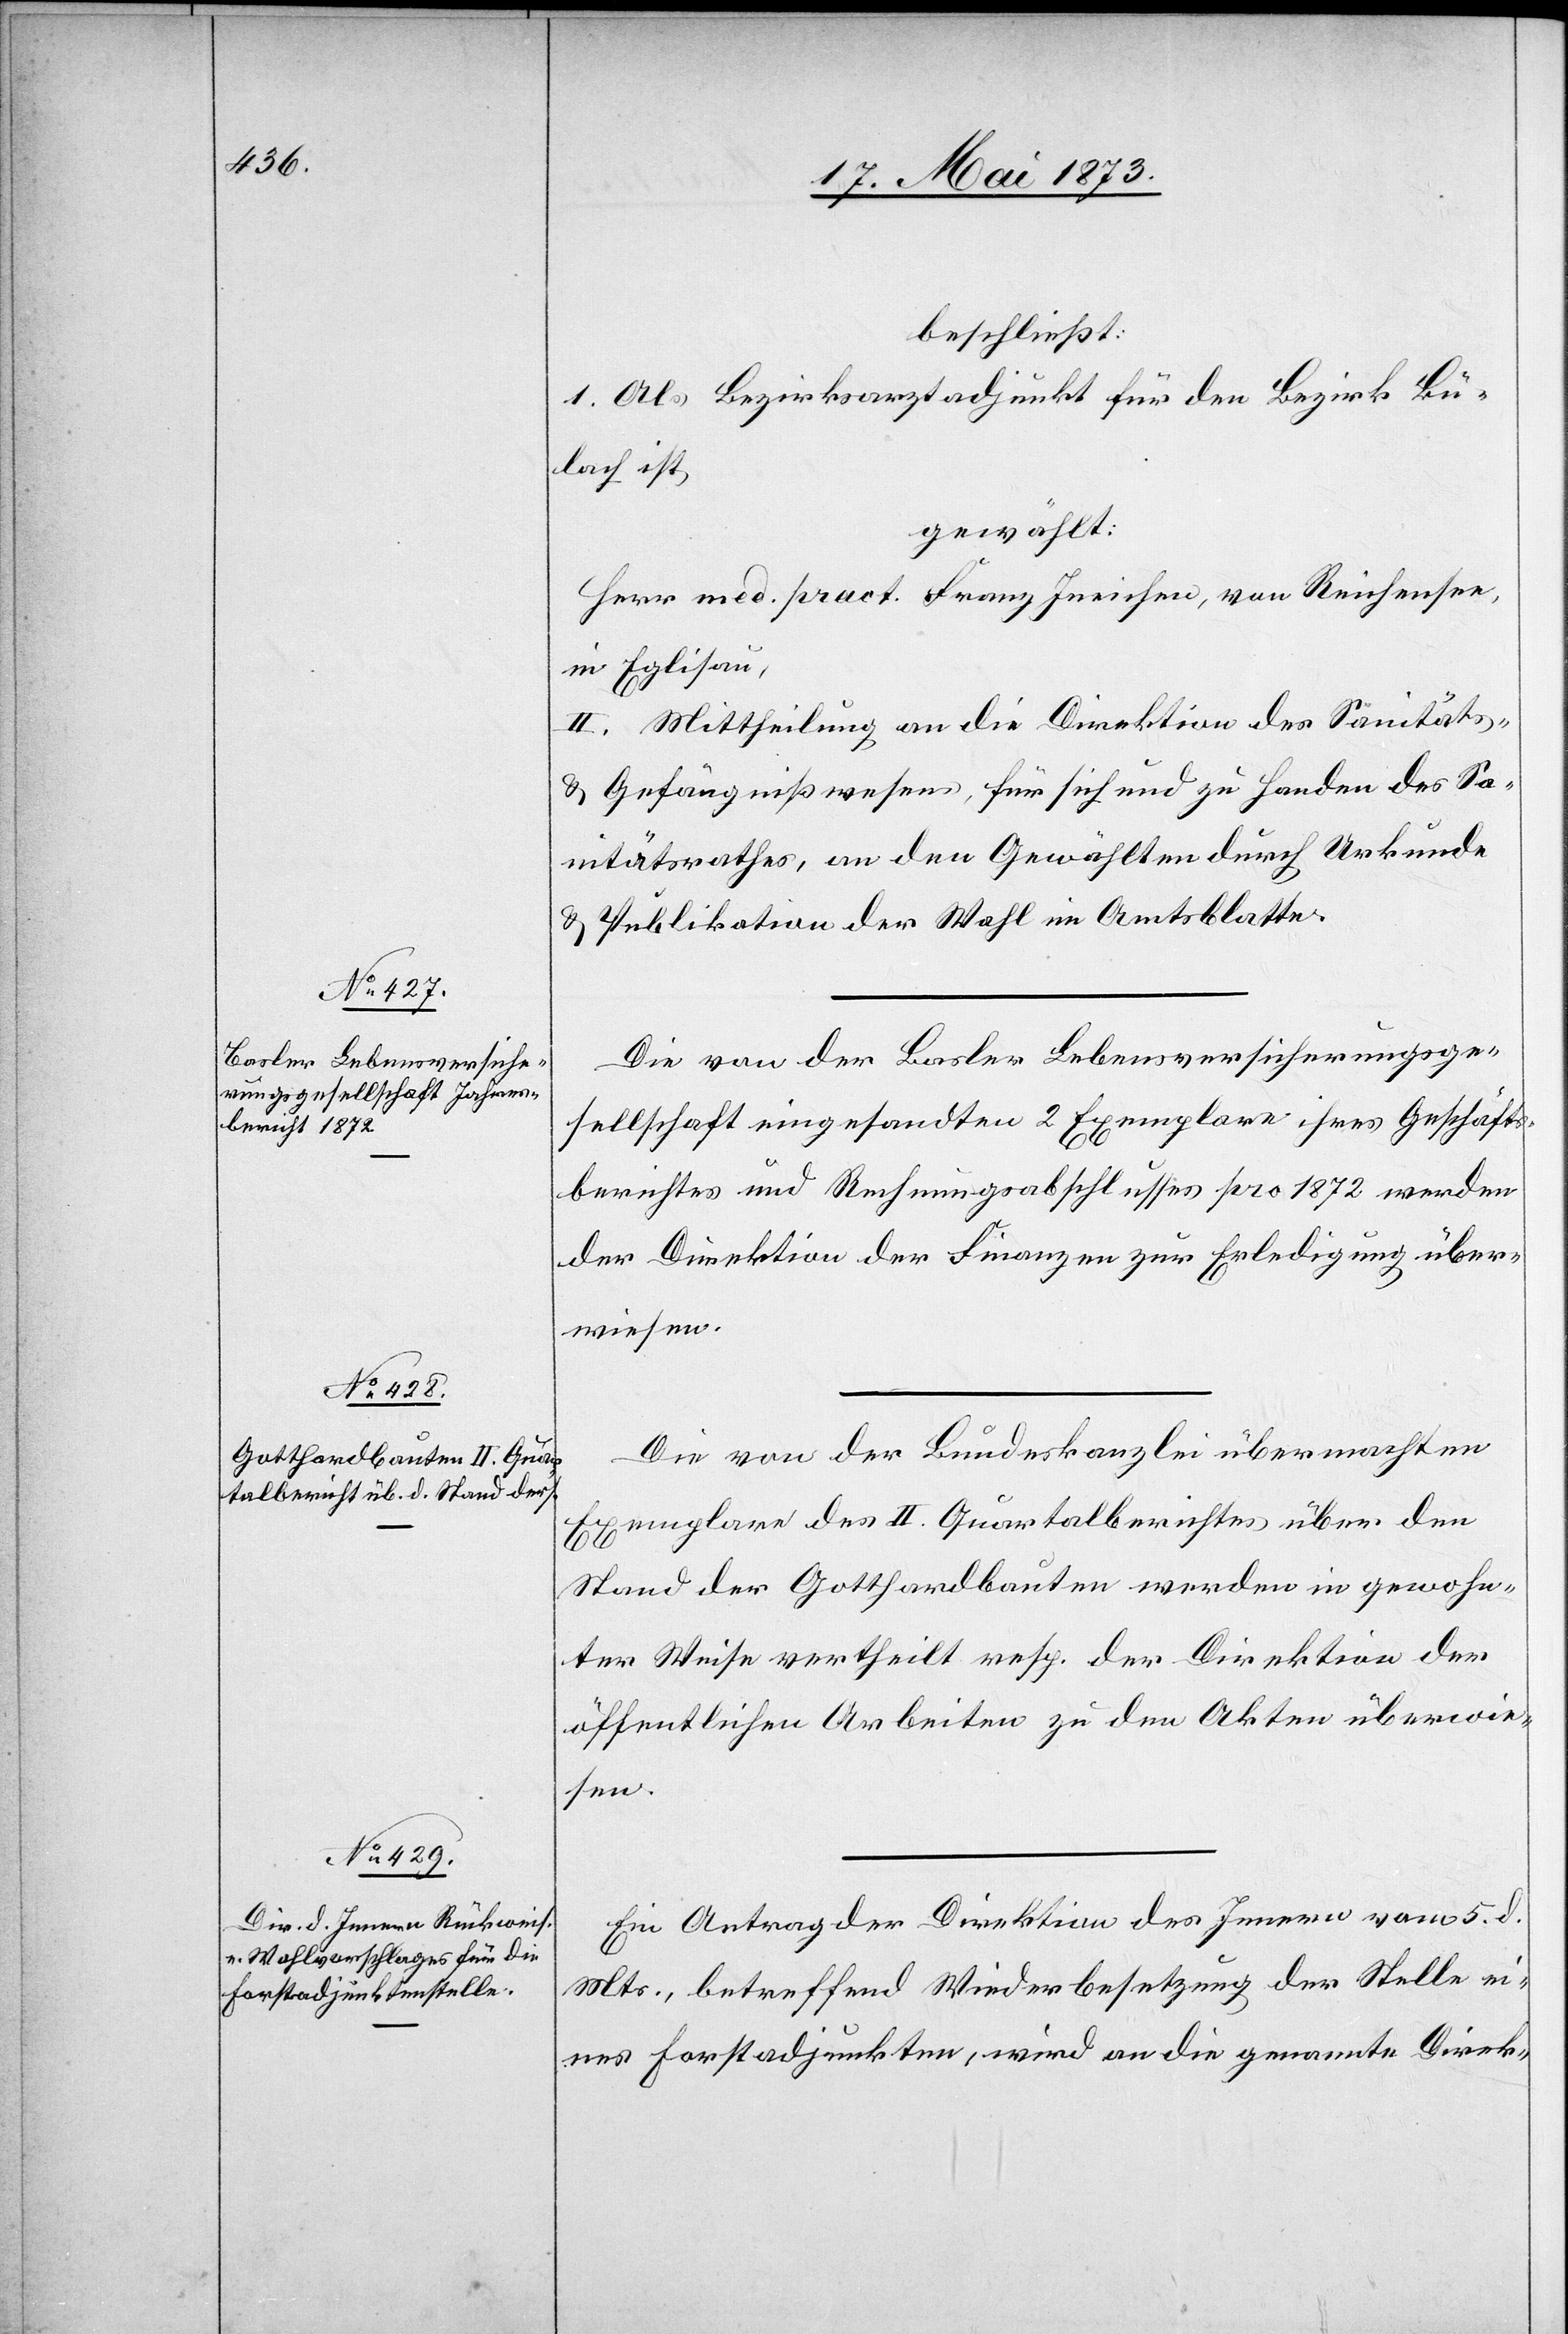
beschließt:
1. Als Bezirksarztadjunkt für den Bezirk Bü¬
lach ist
gewählt:
Herr med. pract. Franz Ineichen, von Reichensee
in Eglisau,
2. Mittheilung an die Direktion des Sanitäts-
& Gefängnißwesens, für sich und zu Handen des Sa¬
nitätsrathes, an den Gewählten durch Urkunde
& Publikation der Wahl im Amtsblatte.
Die von der Basler Lebensversicherungsge¬
sellschaft eingesandten 2 Exemplare ihres Geschäfts¬
berichtes und Rechnungsabschlusses pro 1872 werden
der Direktion der Finanzen zur Erledigung über¬
wiesen.
Die von der Bundeskanzlei übermachten
Exemplare des II. Quartalberichtes über den
Stand der Gotthardbauten werden in gewohn¬
ter Weise vertheilt resp. der Direktion der
öffentlichen Arbeiten zu den Akten überwie¬
sen.
Ein Antrag der Direktion des Innern vom 5. d.
Mts., betreffend Wiederbesetzung der Stelle ei¬
nes Forstadjunkten, wird an die genannte Direk-